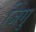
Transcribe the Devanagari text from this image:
जिंगु